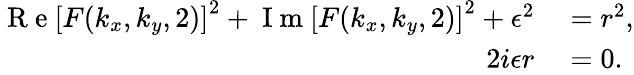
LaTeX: \begin{array}{rl}{\mathrm{~R~e~}\left[F(k_{x},k_{y},2)\right]^{2}+\mathrm{~I~m~}\left[F(k_{x},k_{y},2)\right]^{2}+\epsilon^{2}}&{{}=r^{2},}\\ {2i\epsilon r}&{{}=0.}\end{array}